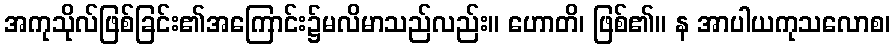
အကုသိုလ်ဖြစ်ခြင်း၏အကြောင်း၌မလိမာသည်လည်း။ ဟောတိ၊ ဖြစ်၏။ န အာပါယကုသလောစ၊